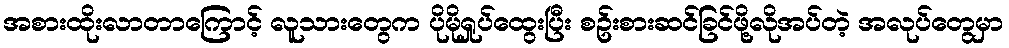
အစားထိုးလာတာကြောင့် လူသားတွေက ပိုမိုရှုပ်ထွေးပြီး စဥ်းစားဆင်ခြင်ဖို့လိုအပ်တဲ့ အလုပ်တွေမှာ